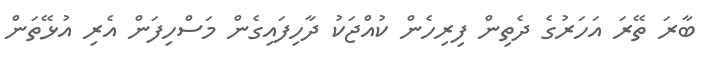
ބާރަ ތޭރަ އަހަރުގެ ދެތިން ފިރިހެން ކުއްޖަކު ދާހިފައިގެން މަސްހިފަން އެރި އުޅޭތަން